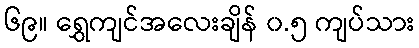
၆၉။ ရွှေကျင်အလေးချိန် ၀.၅ ကျပ်သား